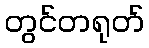
တွင်တရုတ်